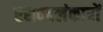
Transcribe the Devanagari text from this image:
रसवदलंकारों